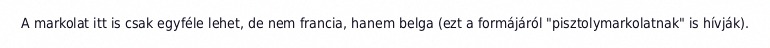
A markolat itt is csak egyféle lehet, de nem francia, hanem belga (ezt a formájáról "pisztolymarkolatnak" is hívják).